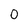
Character: 0